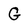
Character: G